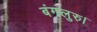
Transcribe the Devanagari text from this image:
बंगलुरु।